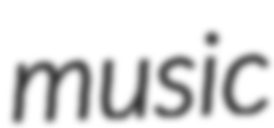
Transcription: music